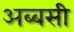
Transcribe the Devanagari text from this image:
अब्बसी